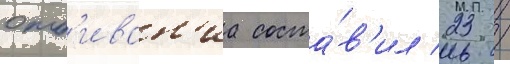
отб'иван'иа соста́в'ил 23 /